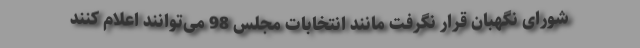
شورای نگهبان قرار نگرفت مانند انتخابات مجلس 98 می‌توانند اعلام کنند